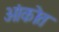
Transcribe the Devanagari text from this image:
ओंकोत